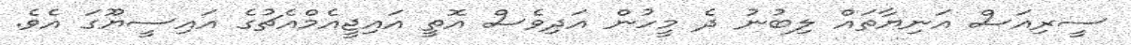
ސީރިއަސް އަނިޔާތައް ލިބުނު ދެ މީހުން އަދިވެސް އޮތީ އައިޖީއެމްއެޗުގެ އައިސީޔޫގަ އެވެ.